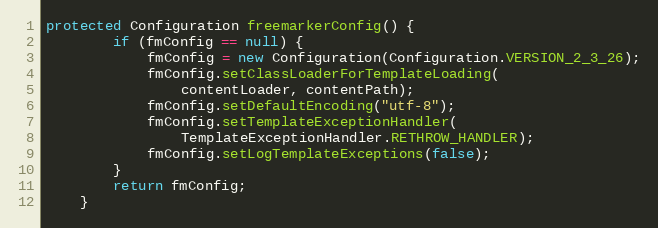
Language: Java
protected Configuration freemarkerConfig() {
        if (fmConfig == null) {
            fmConfig = new Configuration(Configuration.VERSION_2_3_26);
            fmConfig.setClassLoaderForTemplateLoading(
                contentLoader, contentPath);
            fmConfig.setDefaultEncoding("utf-8");
            fmConfig.setTemplateExceptionHandler(
                TemplateExceptionHandler.RETHROW_HANDLER);
            fmConfig.setLogTemplateExceptions(false);
        }
        return fmConfig;
    }